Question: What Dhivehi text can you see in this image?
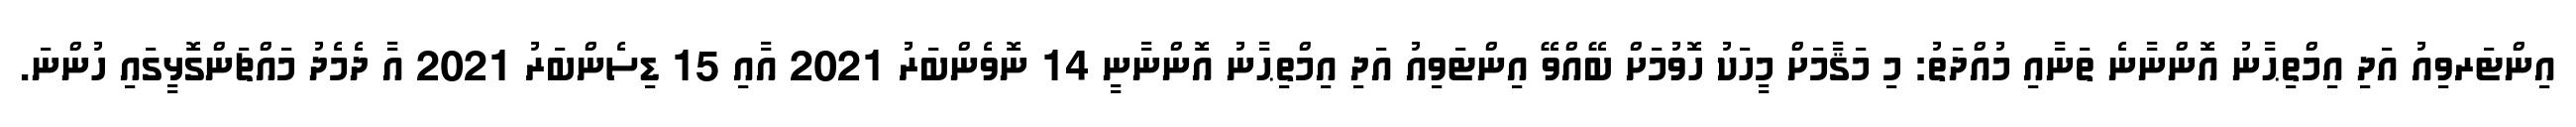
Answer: އިންޓަރވިއު އަދި އިމްތިޙާނު އޮންނާނެ ތަނާއި މުއްދަތު: މި މަޤާމަށް މީހަކު ހޮވުމަށް ބޭއްވޭ އިންޓަވިއު އަދި އިމްތިޙާނު އޮންނާނީ 14 ނޮވެންބަރު 2021 އާއި 15 ޑިސެންބަރު 2021 އާ ދެމެދު މައްޗަންގޮޅީގައި ހުންނަ.